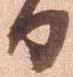
日